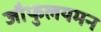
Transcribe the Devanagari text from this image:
जौफुलयमन